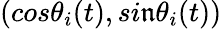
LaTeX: (cos\theta_{i}(t),si\mathfrak{n}\theta_{i}(t))